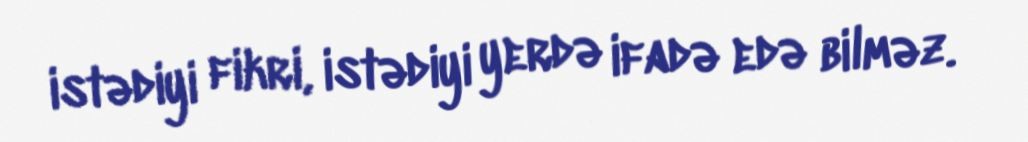
istədiyi fikri, istədiyi yerdə ifadə edə bilməz.